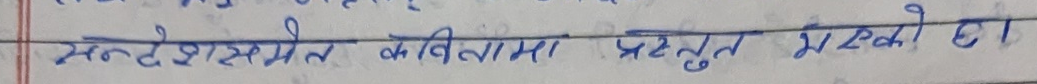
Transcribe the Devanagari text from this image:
सन्देशमूलक कवितामा प्रस्तुत भएको छ।